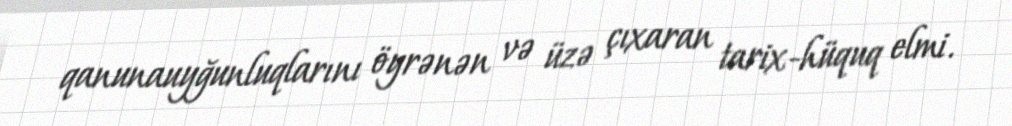
qanunauyğunluqlarını öyrənən və üzə çıxaran tarix-hüquq elmi.